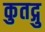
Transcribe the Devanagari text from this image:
कुतद्गु